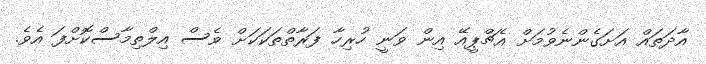
އާދަތައް އަށަގެންނެވުމަށް އެޗްޕީއޭ އިން ވަނީ ހުރިހާ ފަރާތްތަކަކަށް ވެސް އިލްތިމާސްކޮށްފަ އެވެ.